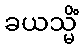
ခယသ္မိံ